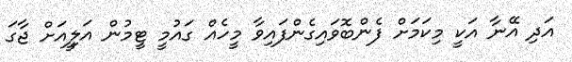
އަދި އޭނާ އަކީ މިކަމަށް ފެންބޮވައިގެންފައިވާ މީހެއް ގައުމީ ޓީމުން އަލިީއަށް ޖާގަ